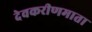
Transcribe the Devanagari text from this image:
देवकरीणमाता